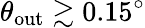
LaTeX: \theta_{\mathrm{out}}\gtrsim 0.15^{\circ}